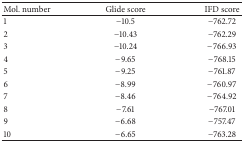
<table><thead><tr><td><b>Mol. number</b></td><td><b>Glide score</b></td><td><b>IFD score</b></td></tr></thead><tbody><tr><td>1</td><td>−10.5</td><td>−762.72</td></tr><tr><td>2</td><td>−10.43</td><td>−762.29</td></tr><tr><td>3</td><td>−10.24</td><td>−766.93</td></tr><tr><td>4</td><td>−9.65</td><td>−768.15</td></tr><tr><td>5</td><td>−9.25</td><td>−761.87</td></tr><tr><td>6</td><td>−8.99</td><td>−760.97</td></tr><tr><td>7</td><td>−8.46</td><td>−764.92</td></tr><tr><td>8</td><td>−7.61</td><td>−767.01</td></tr><tr><td>9</td><td>−6.68</td><td>−757.47</td></tr><tr><td>10</td><td>−6.65</td><td>−763.28</td></tr></tbody></table>